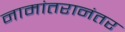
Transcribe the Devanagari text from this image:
नामांतरानंतर